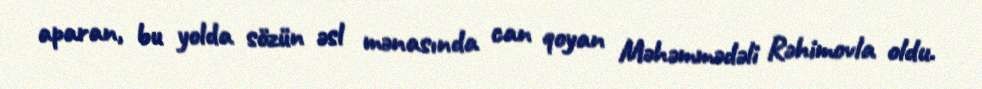
aparan, bu yolda sözün əsl mənasında can qoyan Məhəmmədəli Rəhimovla oldu.